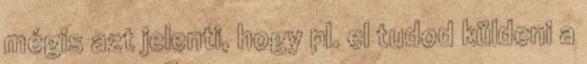
mégis azt jelenti, hogy pl. el tudod küldeni a